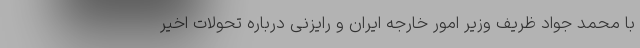
با محمد جواد ظریف وزیر امور خارجه ایران و رایزنی درباره تحولات اخیر